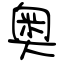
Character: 奥